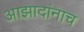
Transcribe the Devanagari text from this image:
आझादांनाच